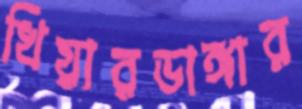
খিয়ারডাঙ্গার